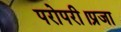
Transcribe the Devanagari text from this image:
परोपरी।प्रजा